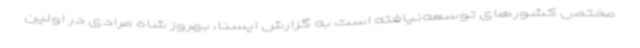
مختص کشورهای توسعه‌نیافته است به گزارش ایسنا، بهروز شاه مرادی در اولین